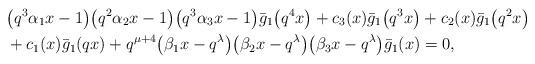
LaTeX: \begin{align*}& \big( q^3\alpha_1 x -1\big) \big(q^2 \alpha_2 x -1\big) \big(q^3 \alpha_3 x -1\big) \bar{g}_1\big(q^4 x\big) +c_3(x) \bar{g}_1\big(q^3 x\big) +c_2(x) \bar{g}_1\big(q^2 x\big) \\&+c_1(x) \bar{g}_1(q x) + q^{\mu +4} \big( \beta_1 x - q^{\lambda} \big) \big(\beta_2 x-q^{\lambda} \big) \big(\beta_3 x-q^{\lambda} \big) \bar{g}_1( x) =0,\end{align*}